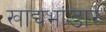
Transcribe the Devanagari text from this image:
खाद्यभांडार